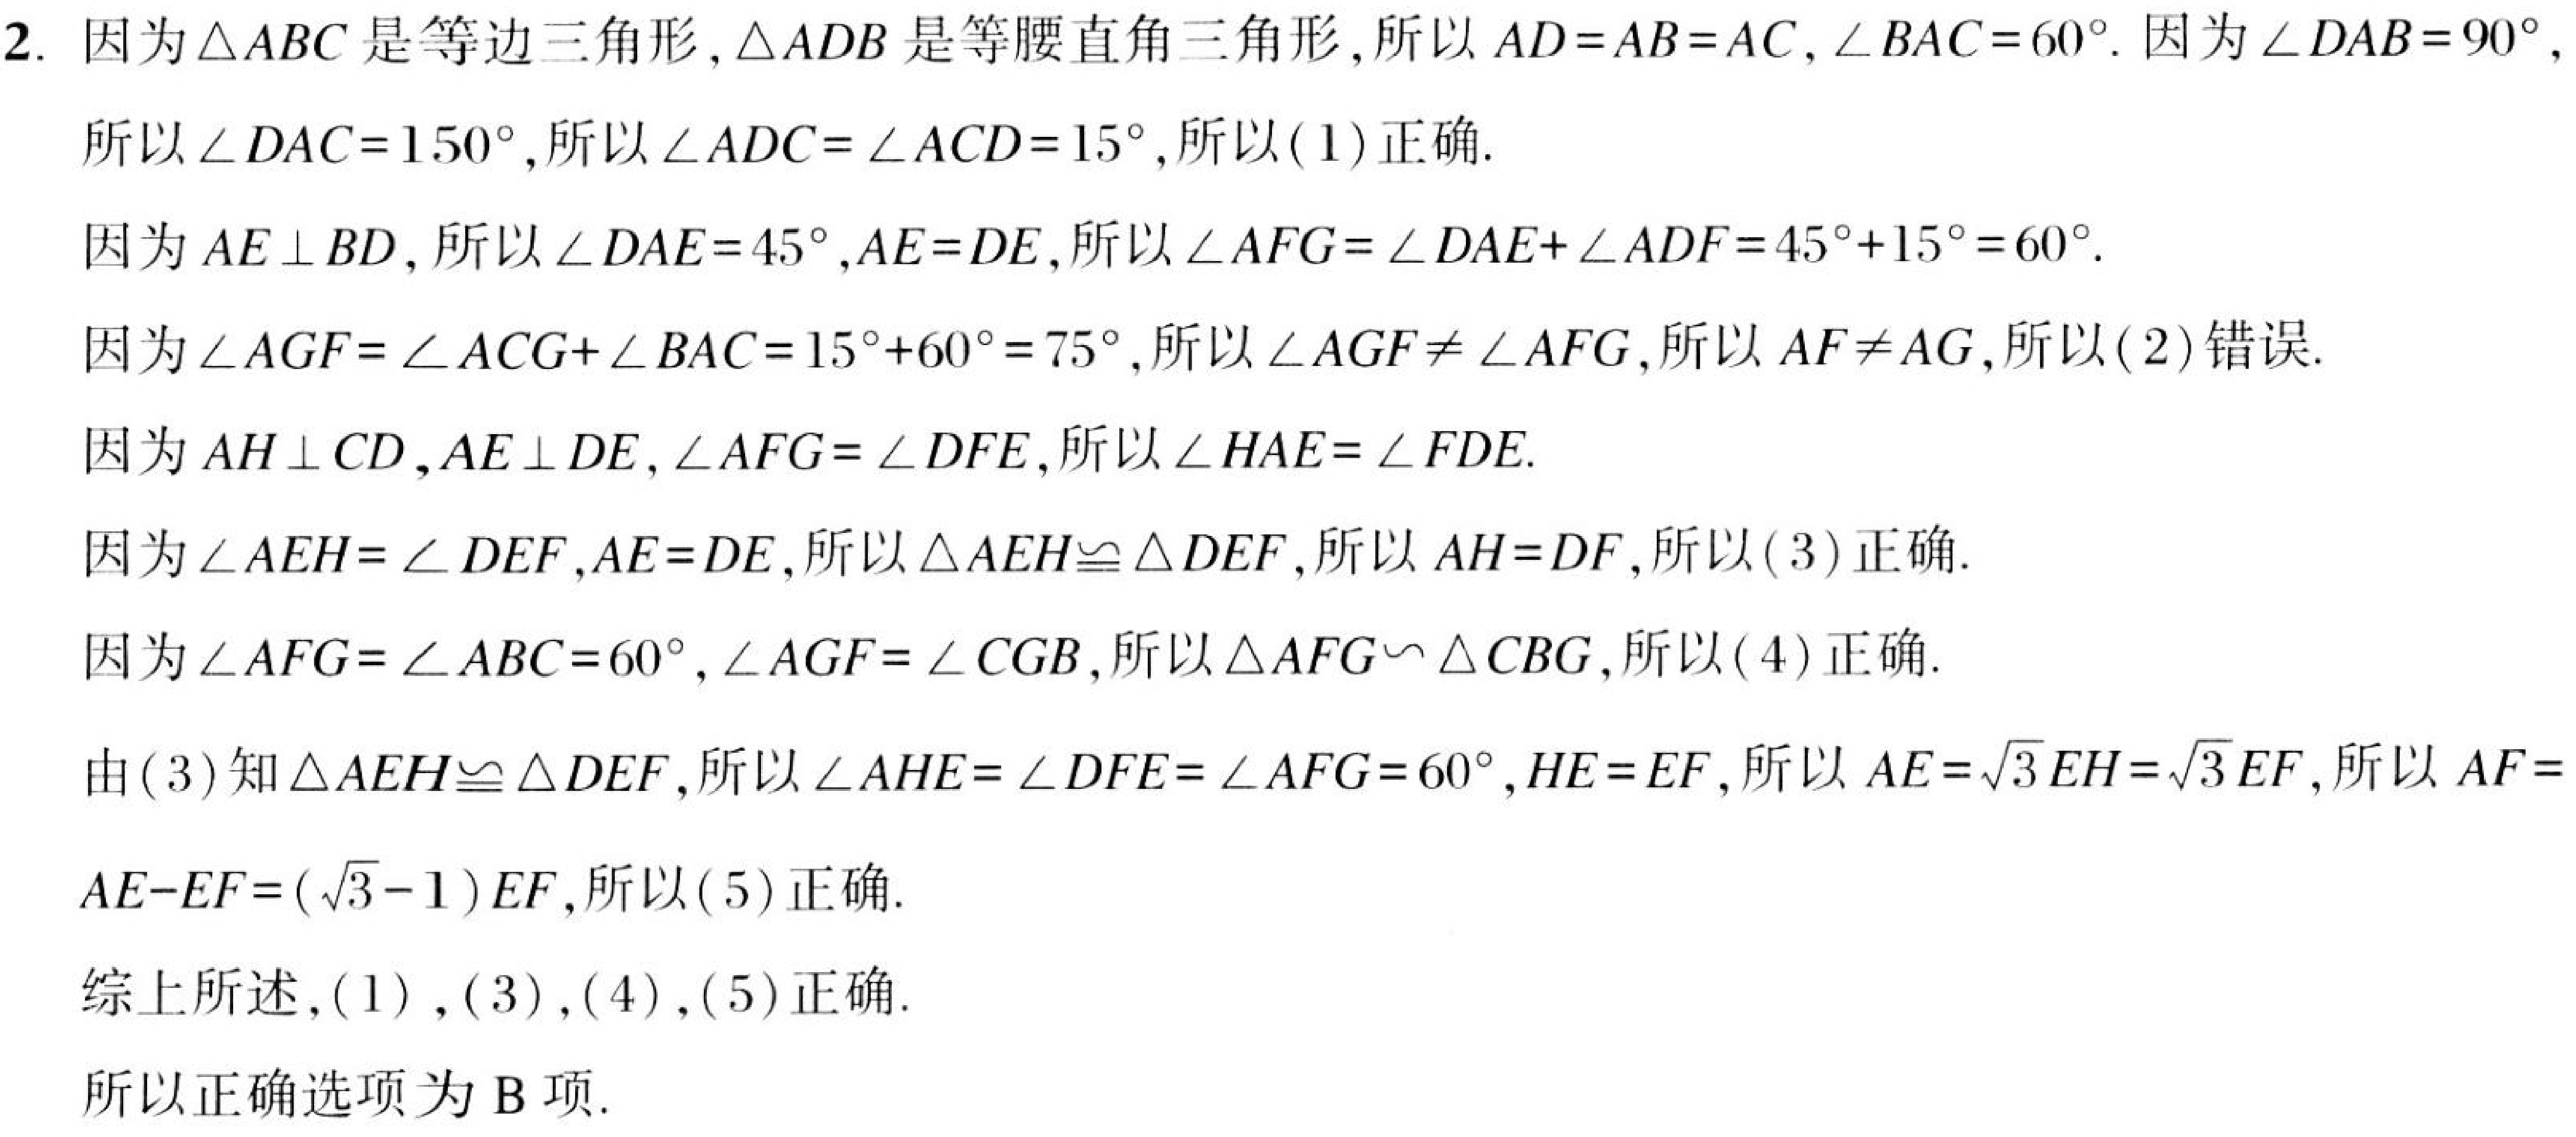
2. 因为\(\triangle ABC\)是等边三角形,\(\triangle ADB\)是等腰直角三角形,所以\(AD = AB = AC,\angle BAC = 60^{\circ}\). 因为\(\angle DAB = 90^{\circ}\),
所以\(\angle DAC = 150^{\circ}\),所以\(\angle ADC=\angle ACD = 15^{\circ}\),所以(1)正确.
因为\(AE\perp BD\),所以\(\angle DAE = 45^{\circ},AE = DE\),所以\(\angle AFG=\angle DAE+\angle ADF = 45^{\circ}+15^{\circ}=60^{\circ}\).
因为\(\angle AGF=\angle ACG+\angle BAC = 15^{\circ}+60^{\circ}=75^{\circ}\),所以\(\angle AGF\neq\angle AFG\),所以\(AF\neq AG\),所以(2)错误.
因为\(AH\perp CD,AE\perp DE,\angle AFG=\angle DFE\),所以\(\angle HAE=\angle FDE\).
因为\(\angle AEH=\angle DEF,AE = DE\),所以\(\triangle AEH\cong\triangle DEF\),所以\(AH = DF\),所以(3)正确.
因为\(\angle AFG=\angle ABC = 60^{\circ},\angle AGF=\angle CGB\),所以\(\triangle AFG\backsim\triangle CBG\),所以(4)正确.
由(3)知\(\triangle AEH\cong\triangle DEF\),所以\(\angle AHE=\angle DFE=\angle AFG = 60^{\circ},HE = EF\),所以\(AE=\sqrt{3}EH=\sqrt{3}EF\),所以\(AF =
AE - EF=(\sqrt{3}-1)EF\),所以(5)正确.
综上所述,(1),(3),(4),(5)正确.
所以正确选项为B项.